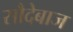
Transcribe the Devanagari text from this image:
सौदेबाज